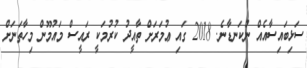
ސަޅިބައިސާއެއް ނުކަނޑާނެ. 2018 ގައި ޢުމަރަށް ތާއީދު ކުރުމަކީ ރައީސް މައުމޫން މިހާތަނަށް